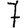
Digit: 7